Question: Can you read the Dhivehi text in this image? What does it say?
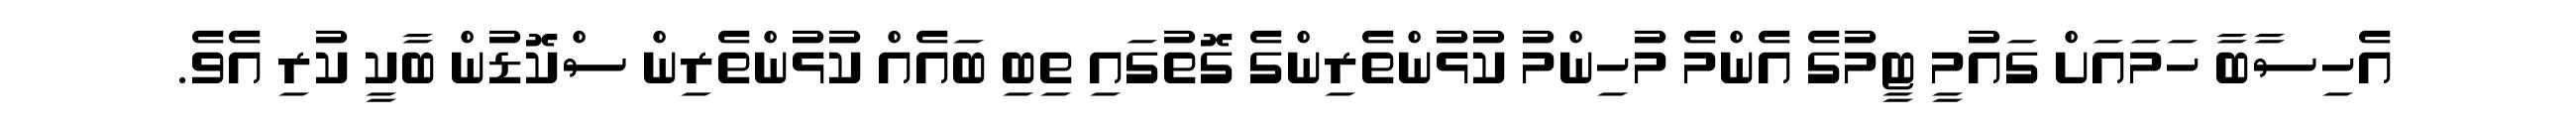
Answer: އެހިސާބާ ހަމައަށް ގައުމީ ޓީމުގެ އެންމެ މުހިންމު ކުޅުންތެރިންގެ ގޮތުގައި ތިބި ބައެއް ކުޅުންތެރިން ސްކޮޑުން ބާކީ ކުރި އެވެ.